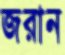
জরান